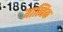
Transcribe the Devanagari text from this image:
यात्मिक